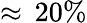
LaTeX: \approx\, 20\%